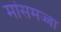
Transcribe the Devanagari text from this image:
मांसमज्जा